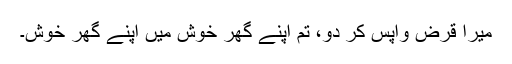
میرا قرض واپس کر دو، تم اپنے گھر خوش میں اپنے گھر خوش۔